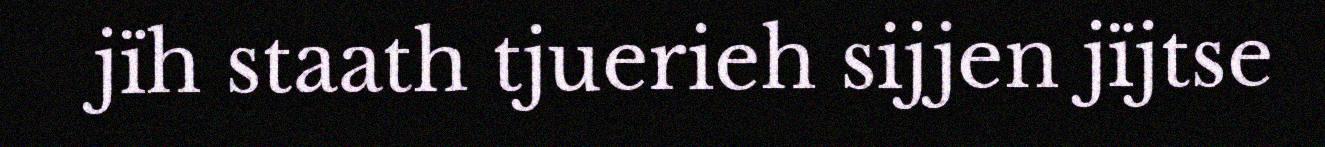
jïh staath tjuerieh sijjen jïjtse